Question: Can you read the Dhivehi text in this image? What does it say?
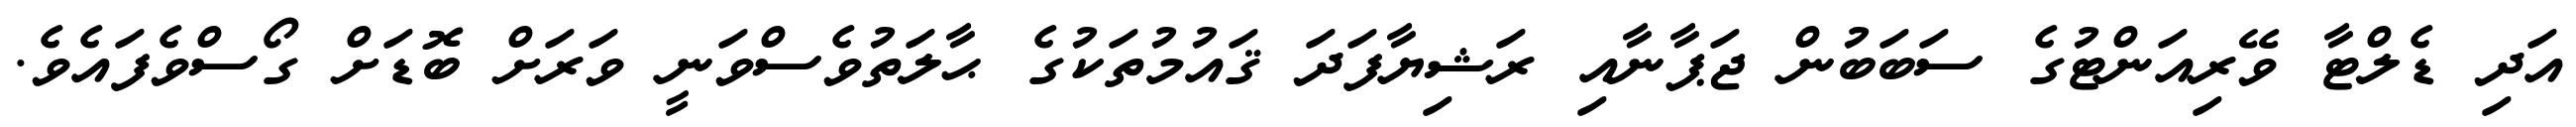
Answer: އަދި ޑެލްޓާ ވޭރިއަންޓުގެ ސަބަބުން ޖަޕާނާއި ރަޝިޔާފަދަ ޤައުމުތަކުގެ ޙާލަތުވެސްވަނީ ވަރަށް ބޮޑަށް ގޯސްވެފައެވެ.